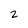
Character: 2